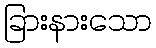
ခြားနားသော